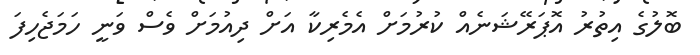
ބޮލުގެ އިތުރު އޮޕަރޭޝަނެއް ކުރުމަށް އެމެރިކާ އަށް ދިއުމަށް ވެސް ވަނީ ހަމަޖެހިފަ